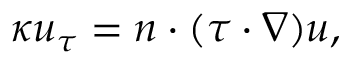
\kappa u _ { \tau } = n \cdot ( \tau \cdot \nabla ) u ,